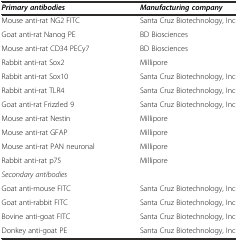
<table><thead><tr><td><b><i>Primary antibodies</i></b></td><td><b><i>Manufacturing company</i></b></td></tr></thead><tbody><tr><td>Mouse anti-rat NG2 FITC</td><td>Santa Cruz Biotechnology, Inc</td></tr><tr><td>Goat anti-rat Nanog PE</td><td>BD Biosciences</td></tr><tr><td>Mouse anti-rat CD34 PECy7</td><td>BD Biosciences</td></tr><tr><td>Rabbit anti-rat Sox2</td><td>Millipore</td></tr><tr><td>Rabbit anti-rat Sox10</td><td>Santa Cruz Biotechnology, Inc</td></tr><tr><td>Rabbit anti-rat TLR4</td><td>Santa Cruz Biotechnology, Inc</td></tr><tr><td>Goat anti-rat Frizzled 9</td><td>Santa Cruz Biotechnology, Inc</td></tr><tr><td>Mouse anti-rat Nestin</td><td>Millipore</td></tr><tr><td>Mouse anti-rat GFAP</td><td>Millipore</td></tr><tr><td>Mouse anti-rat PAN neuronal</td><td>Millipore</td></tr><tr><td>Rabbit anti-rat p75</td><td>Millipore</td></tr><tr><td><i>Secondary antibodies</i></td><td></td></tr><tr><td>Goat anti-mouse FITC</td><td>Santa Cruz Biotechnology, Inc</td></tr><tr><td>Goat anti-rabbit FITC</td><td>Santa Cruz Biotechnology, Inc</td></tr><tr><td>Bovine anti-goat FITC</td><td>Santa Cruz Biotechnology, Inc</td></tr><tr><td>Donkey anti-goat PE</td><td>Santa Cruz Biotechnology, Inc</td></tr></tbody></table>